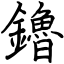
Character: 鑥